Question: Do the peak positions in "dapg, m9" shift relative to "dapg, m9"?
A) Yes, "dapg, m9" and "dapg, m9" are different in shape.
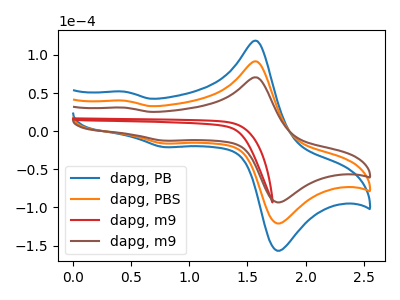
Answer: <think>The blue curve "dapg, PB" has anodic peaks at (1.60V, 182.55uA) (0.45V, 79.95uA) and cathodic peaks at (1.80V, -239.20uA) (0.80V, -32.35uA). The orange curve "dapg, PBS" has anodic peaks at (1.60V, 91.30uA) (0.45V, 39.95uA) and cathodic peaks at (1.80V, -119.60uA) (0.80V, -16.15uA). The red curve "dapg, m9" has no peaks. The brown curve "dapg, m9" has anodic peaks at (1.60V, 70.45uA) (0.45V, 30.85uA) and cathodic peaks at (1.80V, -92.30uA) (0.80V, -12.50uA).
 "dapg, m9" and "dapg, m9" have a different number of peaks.</think>
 <answer>A) Yes, "dapg, m9" and "dapg, m9" are different in shape.</answer>
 <eval>A</eval>